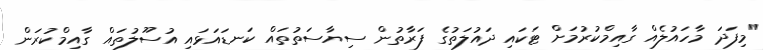
"މިފަދަ މާހައުލެއް ގާއިމްކުރުމަށް ޓަކައި ދައުލަތުގެ ފަރާތުން ސިޔާސަތުތައް ކަނޑައަޅައި އުސޫލުތައް ގާއިމްކުރަން